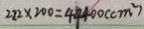
2 2 2 \times 2 0 0 = 4 4 4 0 0 ( c m ^ { 2 } )